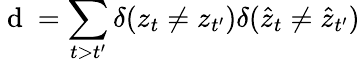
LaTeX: \mathrm{~d~}=\sum_{t>t^{\prime}}\delta(z_{t}\neq z_{t^{\prime}})\delta(\hat{z}_{t}\neq\hat{z}_{t^{\prime}})